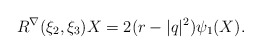
\begin{align*}R^{\nabla}(\xi_{2},\xi_{3})X= 2({ r-|q|^{2}}) \psi_{1}(X).\end{align*}